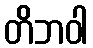
တိဘဝါ